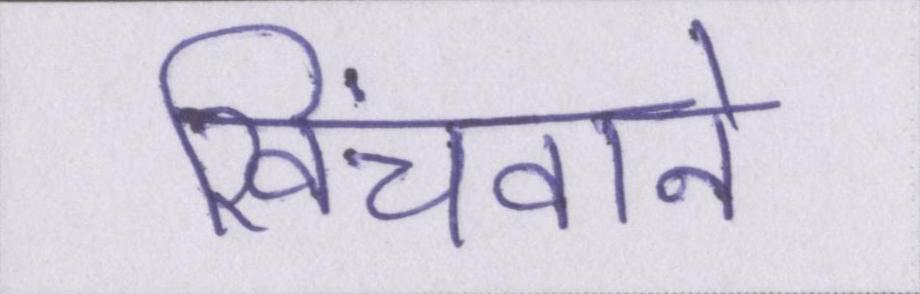
खिंचवाने